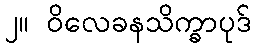
၂။ ဝိလေခနသိက္ခာပုဒ်